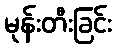
မုန်းတီးခြင်း